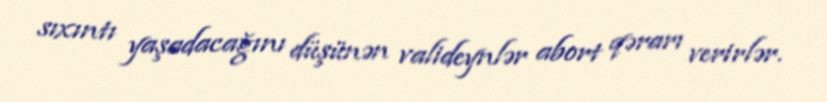
sıxıntı yaşadacağını düşünən valideynlər abort qərarı verirlər.